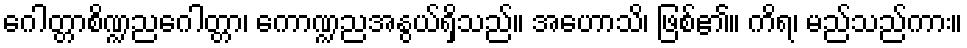
ဂေါတ္တာစိဏ္ဍညဂေါတ္တာ၊ ကောဏ္ဍညအနွယ်ရှိသည်။ အဟောသိ၊ ဖြစ်၏။ ကိရ၊ မည်သည်ကား။